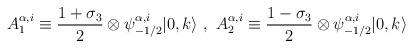
LaTeX: \begin{align*}A_{1}^{\alpha,i} \equiv \frac{1 + \sigma_3}{2} \otimes\psi^{\alpha,i}_{-1/2} |0,k \rangle~,~ A_{2}^{\alpha,i} \equiv \frac{1- \sigma_3}{2} \otimes \psi^{\alpha,i}_{-1/2} |0,k \rangle\end{align*}